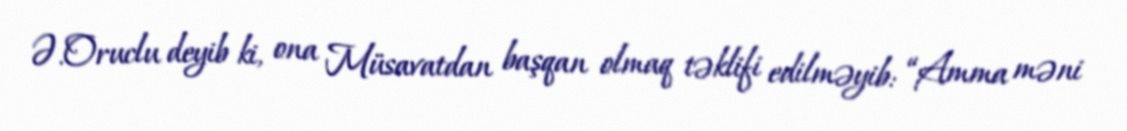
Ə.Oruclu deyib ki, ona Müsavatdan başqan olmaq təklifi edilməyib: “Amma məni